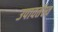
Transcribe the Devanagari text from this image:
उपावर्तस्व